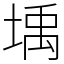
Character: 㙖